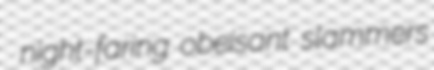
night-faring obeisant slammers